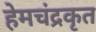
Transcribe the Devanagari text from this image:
हेमचंद्रकृत